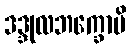
ဒဒ္ဒုလဘက္ခောပိ